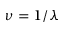
\nu = 1 / \lambda